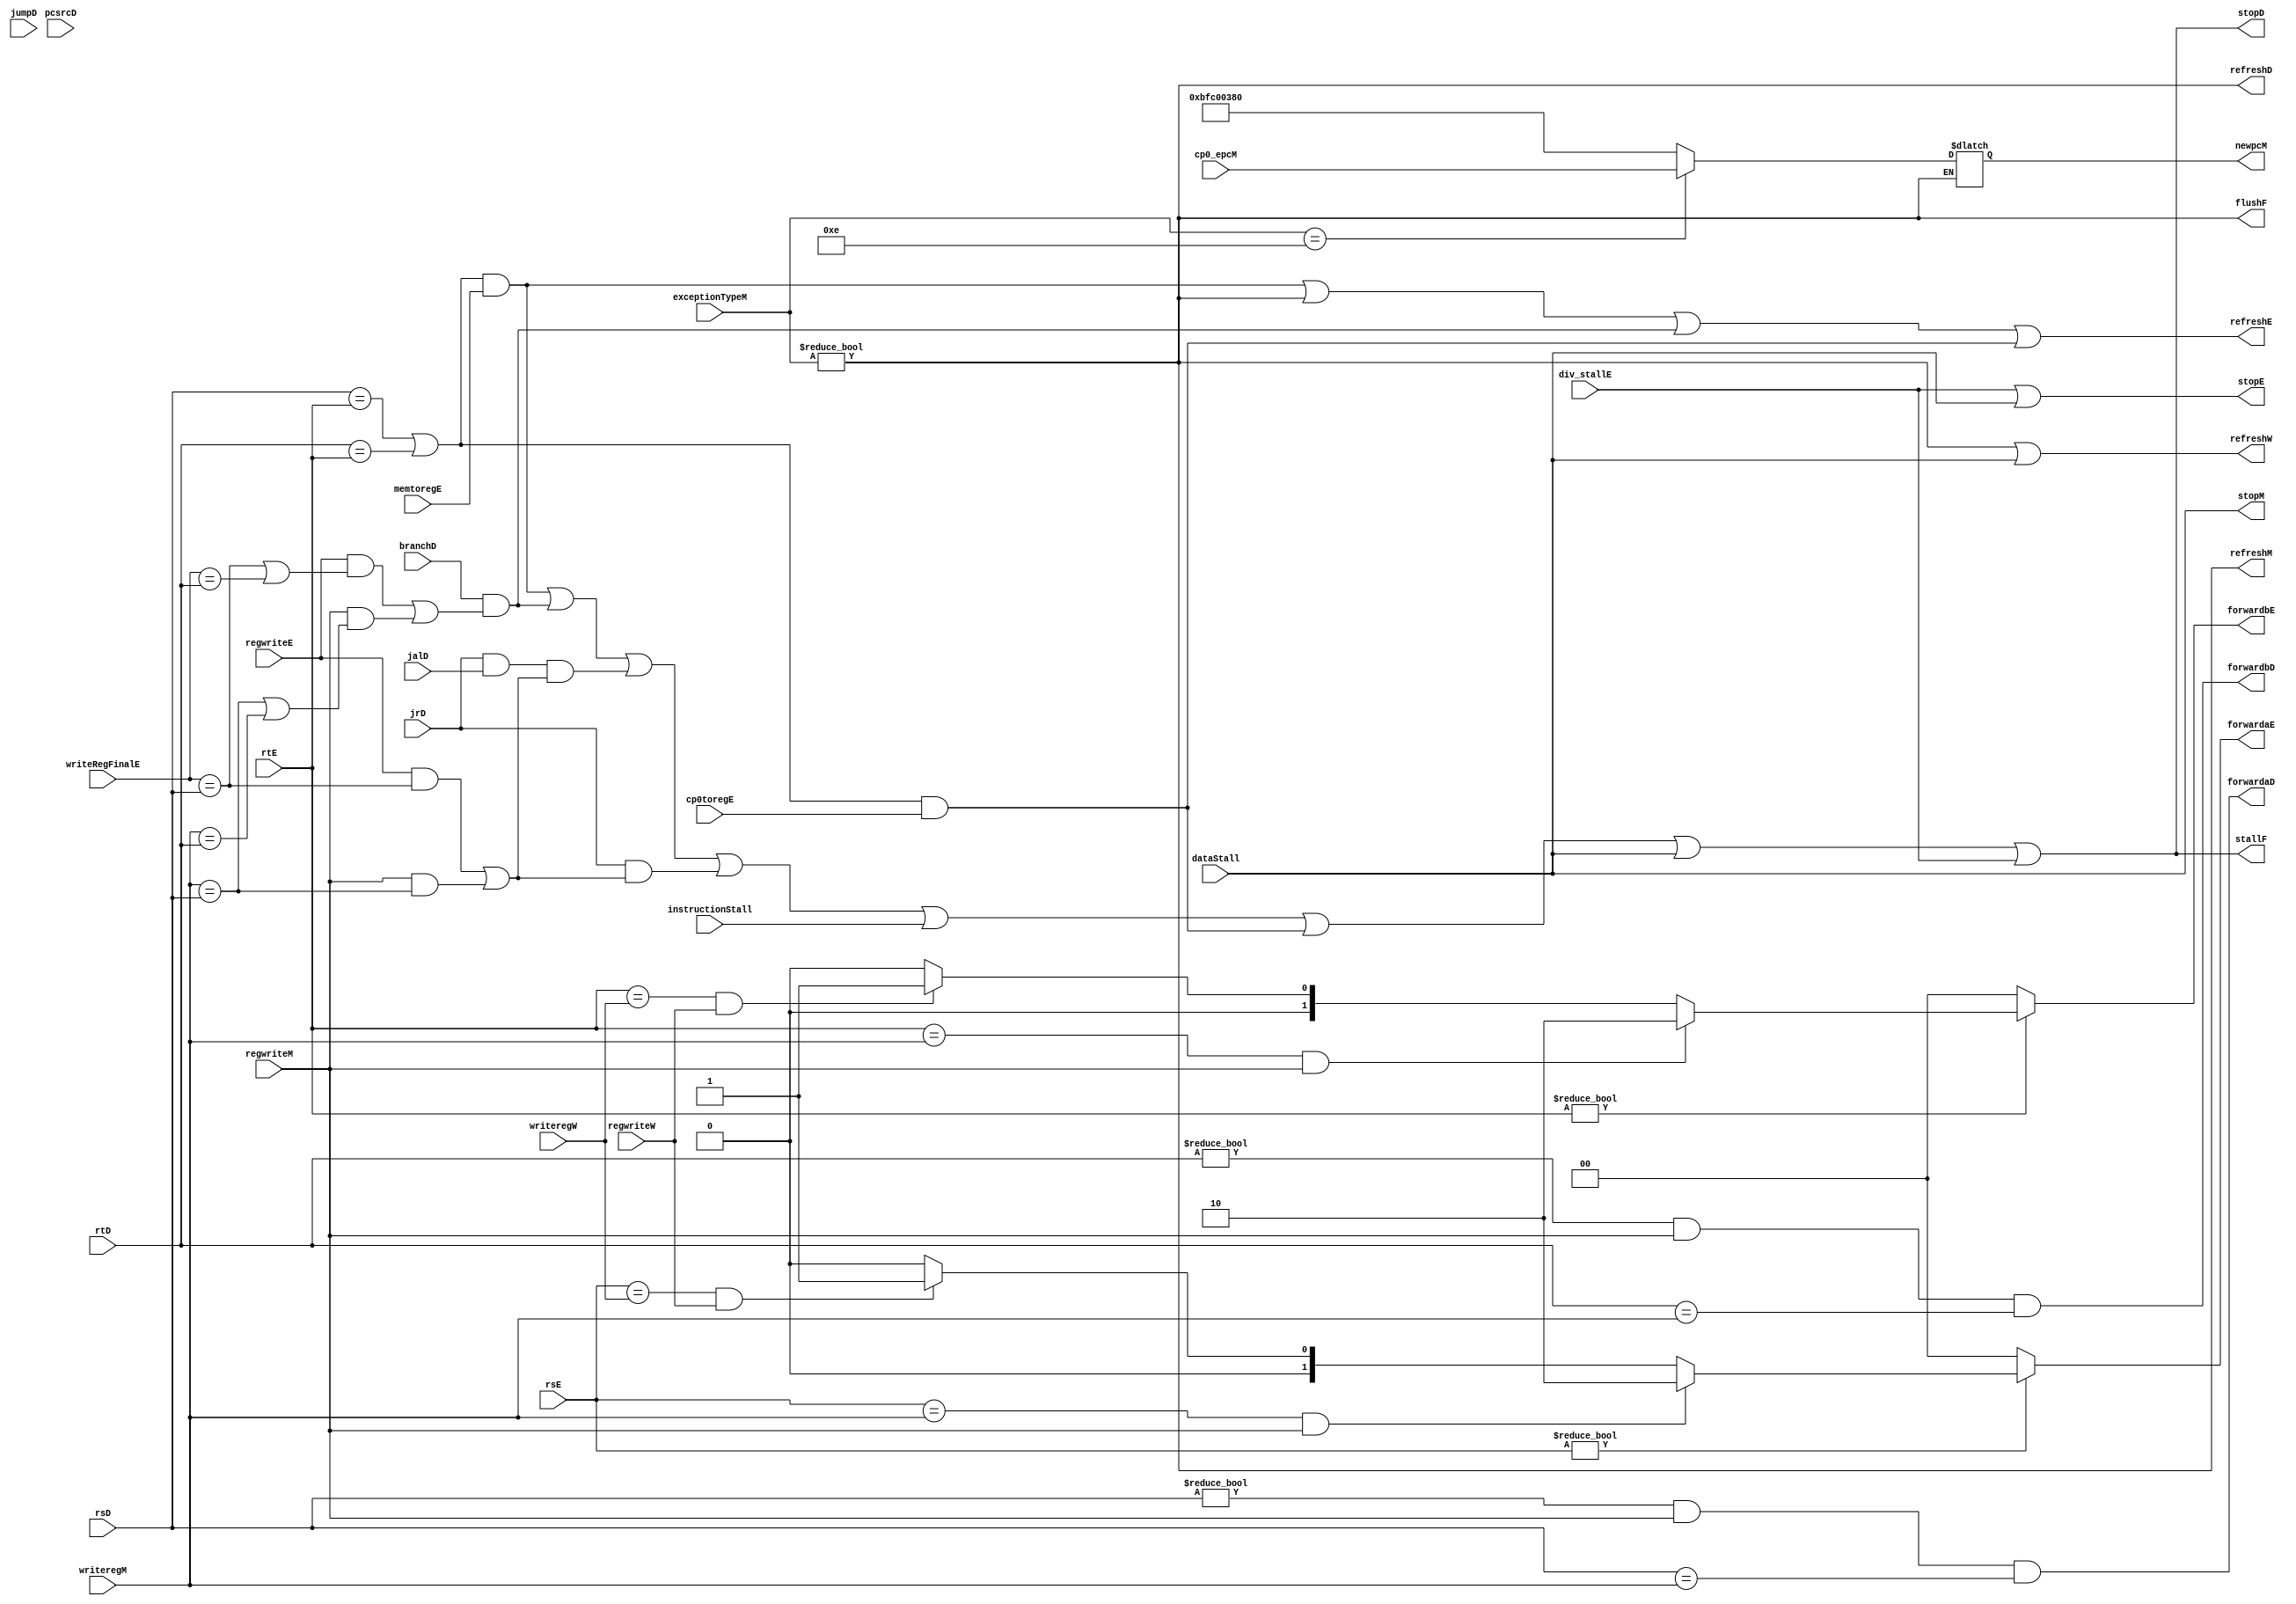
`timescale 1ns / 1ps



`define EP 32'hBFC00380
`define A 32'h00000001
`define B 32'h00000004
`define C 32'h00000005
`define D 32'h00000008
`define E 32'h00000009
`define F 32'h0000000a
`define G 32'h0000000c
`define H 32'h0000000d
`define I 32'h0000000e
module hazard(
	//fetch stage
	output stallF,
	output flushF,
	//decode stage
	input  [4:0] rsD,rtD,
	input  branchD,
	input  pcsrcD,
	input  jumpD, jalD, jrD,
	output forwardaD,forwardbD,
	output stopD,
	output refreshD,
	//execute stage
	input  [4:0] rsE,rtE,
	input  [4:0] writeRegFinalE,
	input  regwriteE,
	input  memtoregE,
	input  cp0toregE,
	input  div_stallE,
	output reg [1:0] forwardaE,forwardbE,
	output stopE,
	output refreshE,
	//mem stage
	input  [4:0] writeregM,
	input  regwriteM,
	input  [31:0] exceptionTypeM,
	output stopM,
	output refreshM,
	input  [31:0] cp0_epcM,
	output reg [31:0] newpcM,
	//write back stage
	input  [4:0] writeregW,
	input  regwriteW,
	
	output refreshW,
	
	input  instructionStall,
	input  dataStall
    );

    wire branchstall; 
	wire jrstall,jalrstall;
	wire mfc0stall, flush_except;

	assign forwardaD = (rsD != 0 & regwriteM & rsD == writeregM); 
	assign forwardbD = (rtD != 0 & regwriteM & rtD == writeregM); 

	// hilo - Branch/jr/jalr    Load - Branch/jr/jalr   
	assign jrstall = jrD & ((regwriteE & (writeRegFinalE == rsD)) | (regwriteM & (writeregM == rsD)));
	assign jalrstall = jrD & jalD &  ((regwriteE & (writeRegFinalE == rsD)) | (regwriteM & (writeregM == rsD)));
	assign branchstall = branchD & ((regwriteE & (writeRegFinalE == rsD | writeRegFinalE == rtD)) | (regwriteM & (writeregM == rsD | writeregM == rtD)));


	always @(*) begin  
		if(rsE != 0) begin
			if(rsE == writeregM & regwriteM)
				forwardaE = 2'b10;
			else if(rsE == writeregW & regwriteW) //??????????????????????????????????????????????????
				forwardaE = 2'b01;
			else forwardaE = 2'b00; // ?????????
		end
		else forwardaE = 2'b00; // ?????????
	end

	always @(*) begin // ????R???????rt???????????? 
		if(rtE != 0) begin
			if(rtE == writeregM & regwriteM) //???????????????????
				forwardbE = 2'b10;
			else if(rtE == writeregW & regwriteW) //??????????????????????????????????????????????????
				forwardbE = 2'b01;
			else forwardbE = 2'b00; // ?????????
		end
		else forwardbE = 2'b00; // ?????????
	end


    wire lwstall;         

    assign lwstall = ( (rsD==rtE) | (rtD==rtE) ) & memtoregE; 
	assign mfc0stall = ( (rsD ==  rtE| rtD == rtE) ) & cp0toregE;


    assign stallF = stopD;
    assign stopD = lwstall | branchstall | jalrstall | jrstall | instructionStall | mfc0stall | dataStall | div_stallE;
    assign stopE = div_stallE | dataStall;
    assign stopM = dataStall;
    
    

	assign flush_except = (exceptionTypeM != 32'b0);

	assign flushF = flush_except;
	assign refreshD = flush_except;
	assign refreshE = lwstall | flush_except | branchstall | mfc0stall;
	assign refreshM = flush_except;
	assign refreshW = flush_except | dataStall;
    
    always @(*) begin
		if(exceptionTypeM != 32'b0) begin
		
			case (exceptionTypeM)
				`A:begin 
					newpcM <= `EP;
				end
				`B:begin 
					newpcM <= `EP;

				end
				`C:begin 
					newpcM <= `EP;

				end
				`D:begin 
					newpcM <= `EP;
					
				end
				`E:begin 
					newpcM <= `EP;

				end
				`F:begin 
					newpcM <= `EP;

				end
				`G:begin 
					newpcM <= `EP;

				end
				`H:begin 
					newpcM <= `EP;

				end
				`I:begin 
					newpcM <= cp0_epcM;
				end
				default : newpcM <= `EP;
			endcase
		end
	end
    
endmodule